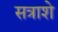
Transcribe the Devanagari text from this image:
सत्राशे